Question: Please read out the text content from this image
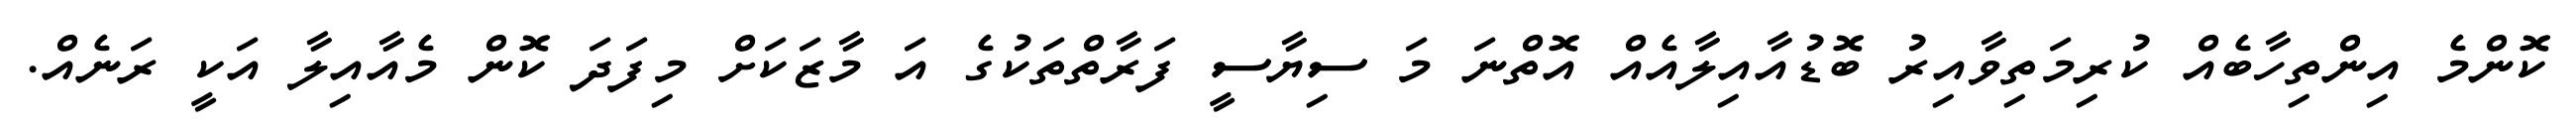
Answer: ކޮންމެ އިންތިހާބެއް ކުރިމަތިވާއިރު ބޮޑުއާއިލާއެއް އޮތްނަ މަ ސިޔާސީ ފަރާތްތަކުގެ އަ މާޒަކަށް މިފަދަ ކޮން މެއާއިލާ އަކީ ރަނެއް.